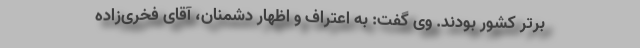
برتر کشور بودند. وی گفت: به اعتراف و اظهار دشمنان، آقای فخری‌زاده